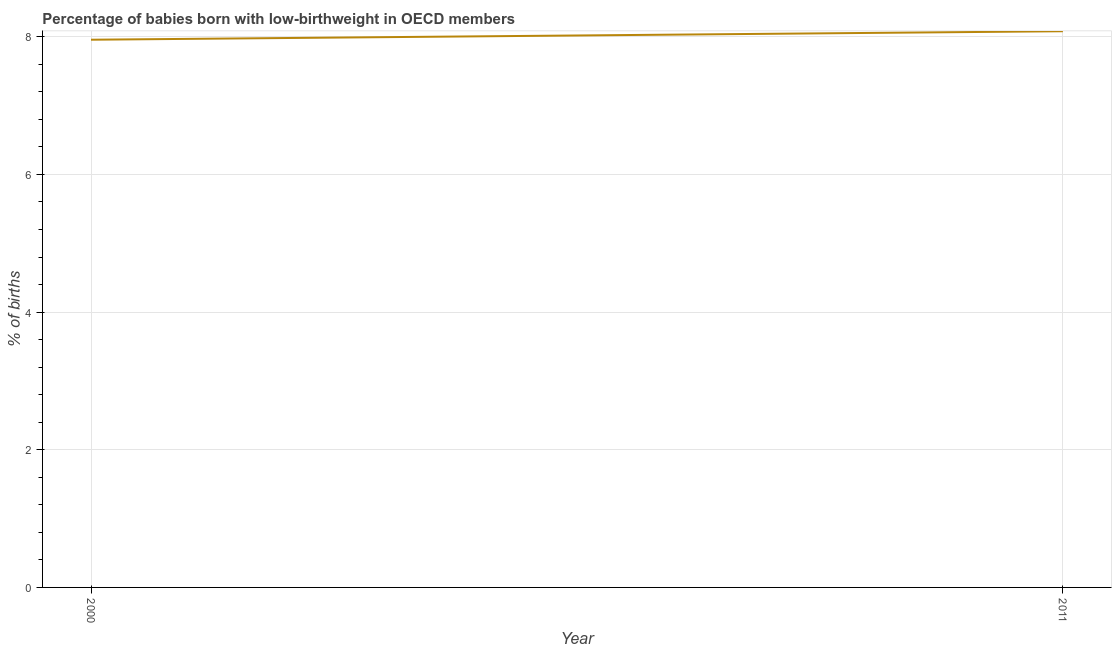
| Year | Low-birthweight babies |
 | --- | --- |
 | 2000 | 7.96 |
 | 2011 | 8.08 |